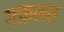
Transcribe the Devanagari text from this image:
गफ़लत